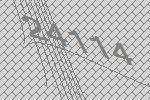
24114